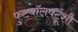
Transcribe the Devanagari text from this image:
फुटबॉलपटूंशी